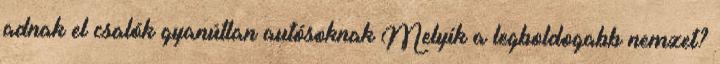
adnak el csalók gyanútlan autósoknak Melyik a legboldogabb nemzet?